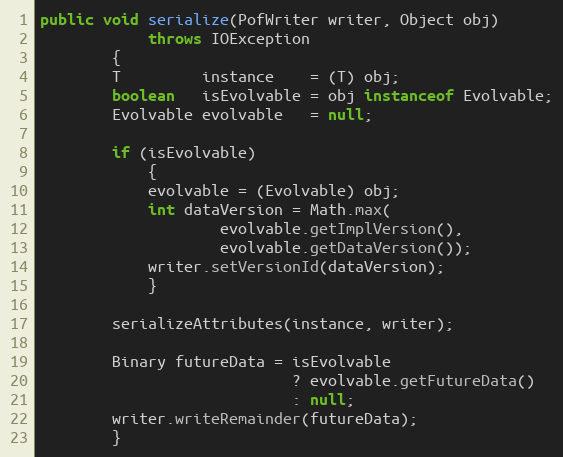
Language: Java
public void serialize(PofWriter writer, Object obj)
            throws IOException
        {
        T         instance    = (T) obj;
        boolean   isEvolvable = obj instanceof Evolvable;
        Evolvable evolvable   = null;

        if (isEvolvable)
            {
            evolvable = (Evolvable) obj;
            int dataVersion = Math.max(
                    evolvable.getImplVersion(),
                    evolvable.getDataVersion());
            writer.setVersionId(dataVersion);
            }

        serializeAttributes(instance, writer);

        Binary futureData = isEvolvable
                            ? evolvable.getFutureData()
                            : null;
        writer.writeRemainder(futureData);
        }